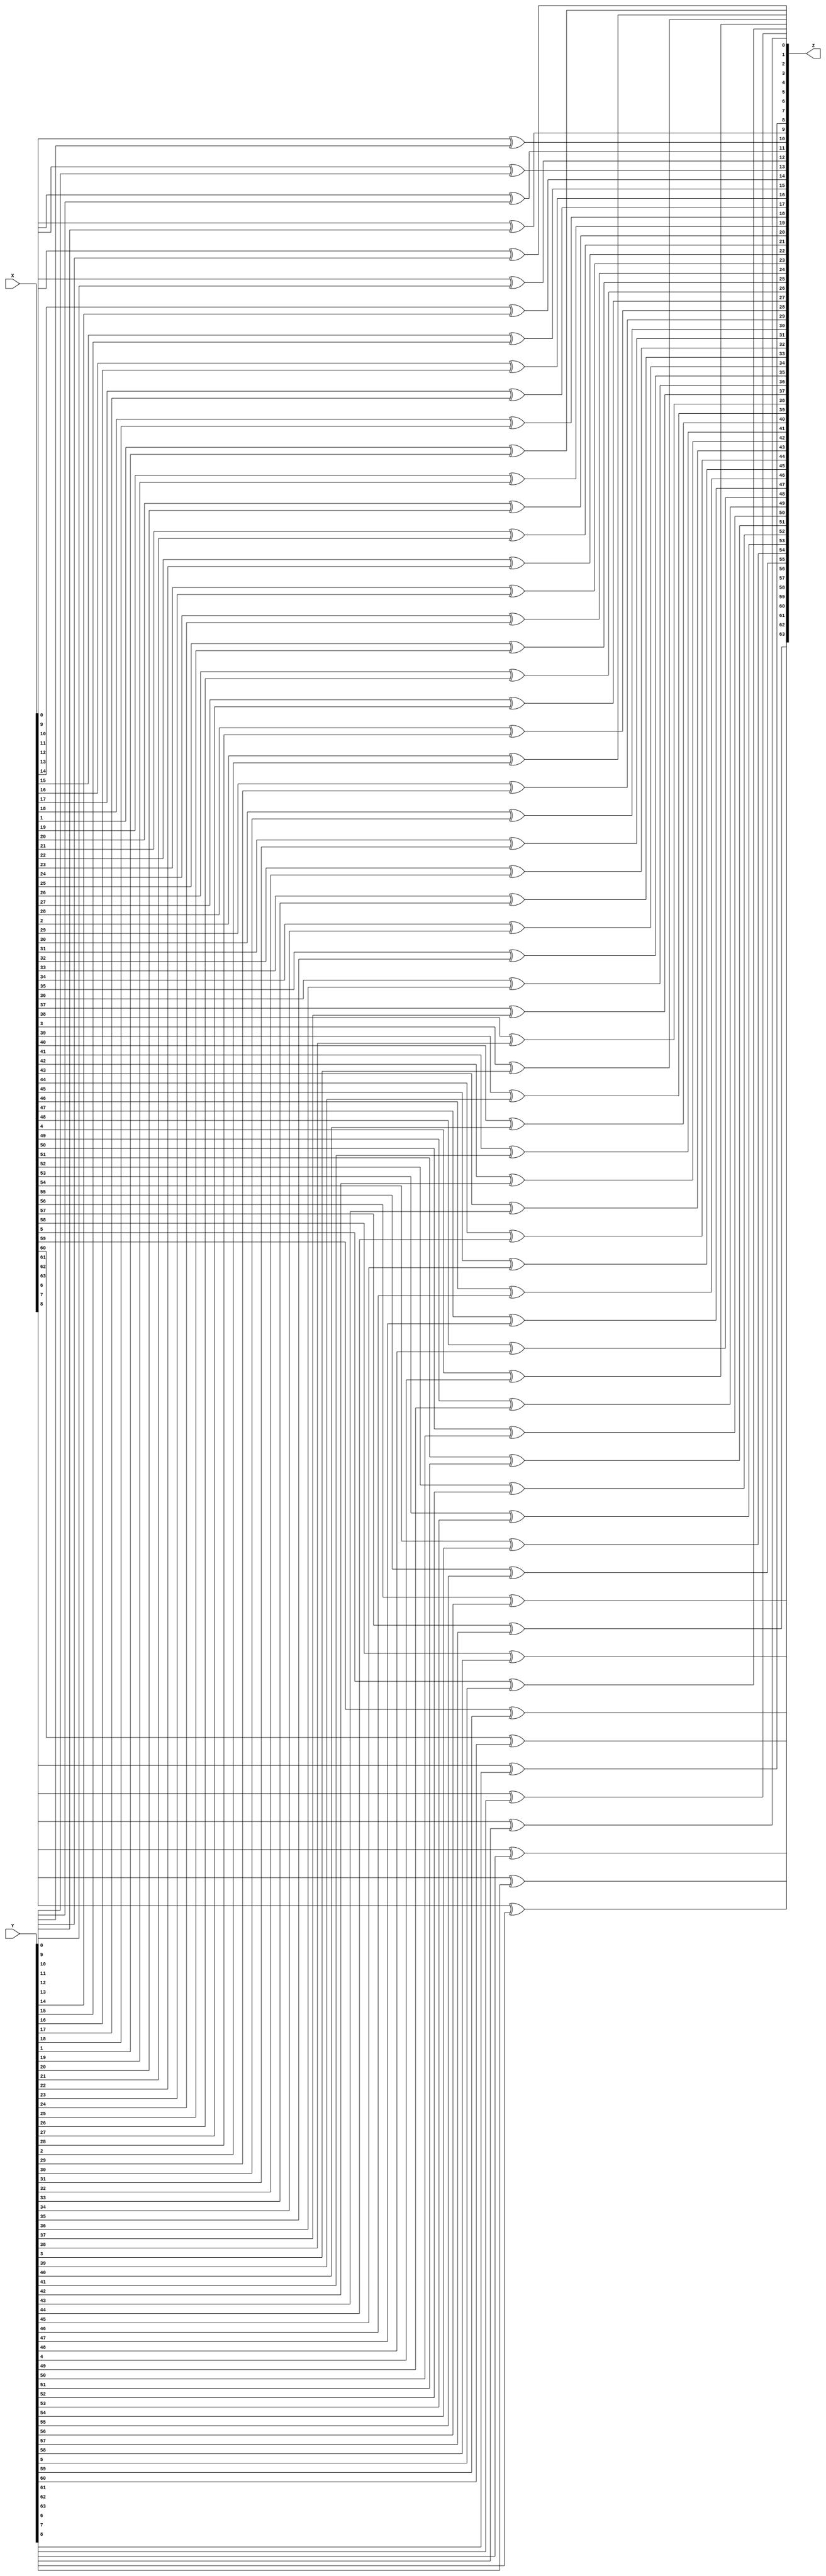
module XOR(input [63:0] X,input [63:0] Y,output [63:0] Z);
genvar x;
generate
    for(x=0;x<64;x=x+1)
        begin:AND
            xor ex(Z[x],X[x],Y[x]);
        end
endgenerate
endmodule